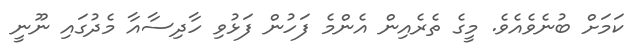
ކަމަށް ބުނެވެއެވެ. މީގެ ތެރެއިން އެންމެ ފަހުން ފަޅުވި ހާދިސާއާ މެދުގައި ނޫނީ